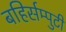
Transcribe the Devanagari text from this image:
बहिर्सम्पुटी